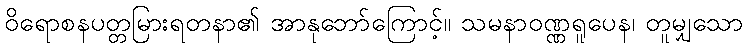
ဝိရောစနပတ္တမြားရတနာ၏ အာနုဘော်ကြောင့်။ သမနာဝဏ္ဏရူပေန၊ တူမျှသော